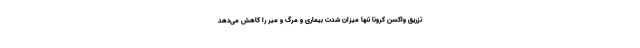
تزریق واکسن کرونا تنها میزان شدت بیماری و مرگ و میر را کاهش می‌دهد